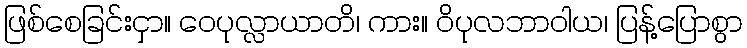
ဖြစ်စေခြင်းငှာ။ ဝေပုလ္လာယာတိ၊ ကား။ ဝိပုလဘာဝါယ၊ ပြန့်ပြောစွာ